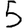
Digit: 5